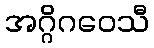
အဂ္ဂိဂဝေသီ